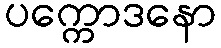
ပက္ကောဒနော